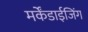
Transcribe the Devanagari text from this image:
मर्केंडाईजिंग